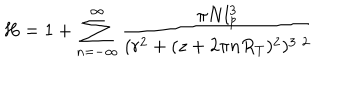
LaTeX: H = 1 + \sum _ { n = - \infty } ^ { \infty } \frac { \pi N l _ { p } ^ { 3 } } { ( r ^ { 2 } + ( z + 2 \pi n R _ { T } ) ^ { 2 } ) ^ { 3 / 2 } }